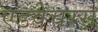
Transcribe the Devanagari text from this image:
एडवेंचरस